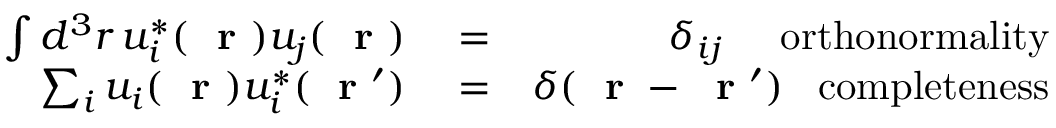
\begin{array} { r l r } { \int d ^ { 3 } r \, u _ { i } ^ { * } ( \mathrm { ~ \bf ~ r ~ } ) u _ { j } ( \mathrm { ~ \bf ~ r ~ } ) } & { { } = } & { \delta _ { i j } \; \; \; \; \; \mathrm { o r t h o n o r m a l i t y } } \\ { \sum _ { i } u _ { i } ( \mathrm { ~ \bf ~ r ~ } ) u _ { i } ^ { * } ( \mathrm { ~ \bf ~ r ~ } ^ { \prime } ) } & { { } = } & { \delta ( \mathrm { ~ \bf ~ r ~ } - \mathrm { ~ \bf ~ r ~ } ^ { \prime } ) \; \; \; \mathrm { c o m p l e t e n e s s } } \end{array}